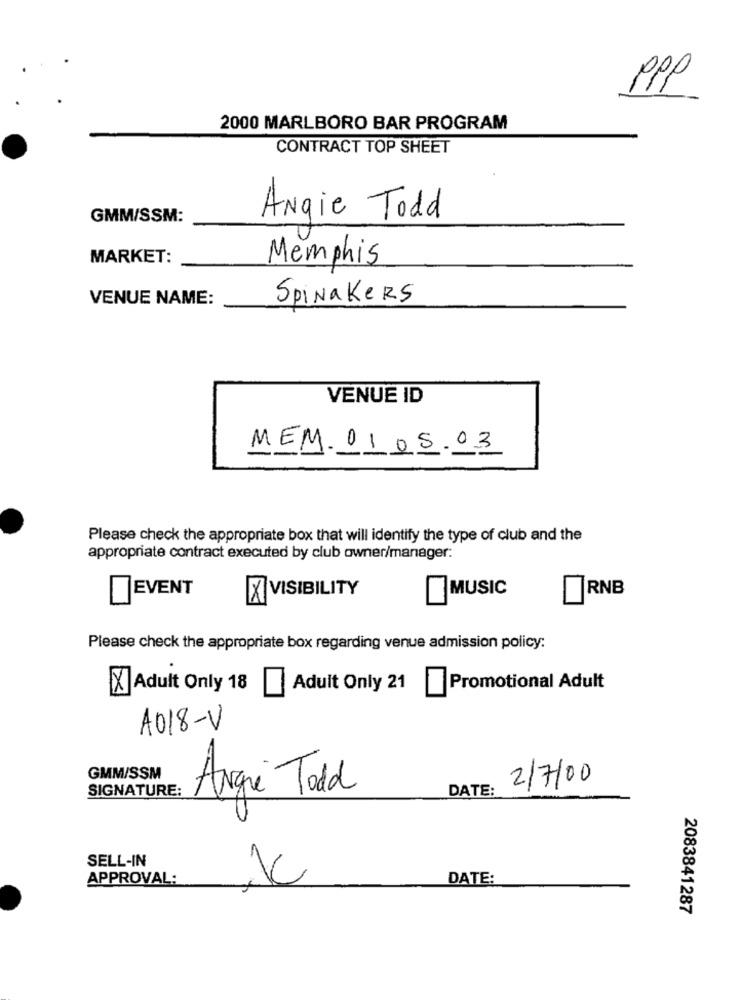
PPP
2000 MARLBORO BAR PROGRAM
CONTRACT TOP SHEET
GMM/SSM:
Angie Todd
MARKET:
Memphis
VENUE NAME:
SpiNaKERS
VENUE ID
MEM. 01.05.03
Please check the appropriate box that will identify the type of club and the
appropriate contract executed by club owner/manager:
EVENT
MUSIC
RNB
K VISIBILITY
Please check the appropriate box regarding venue admission policy:
Adult Only 18
Adult Only 21
Promotional Adult
A018-V
GMM/SSM
2/7/00
SIGNATURE:
Angie Todd
DATE:
SELL-IN
APPROVAL:
DATE:
2083841287